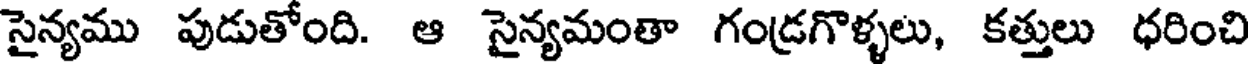
సైన్యము పుడుతోంది. ఆ సైన్యమంతా గండ్రగొళ్ళలు, కత్తులు ధరించి